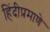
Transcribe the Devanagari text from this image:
हिंदीप्रमाणे